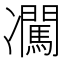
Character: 𪞰